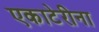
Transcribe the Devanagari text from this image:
एकाटेरीना